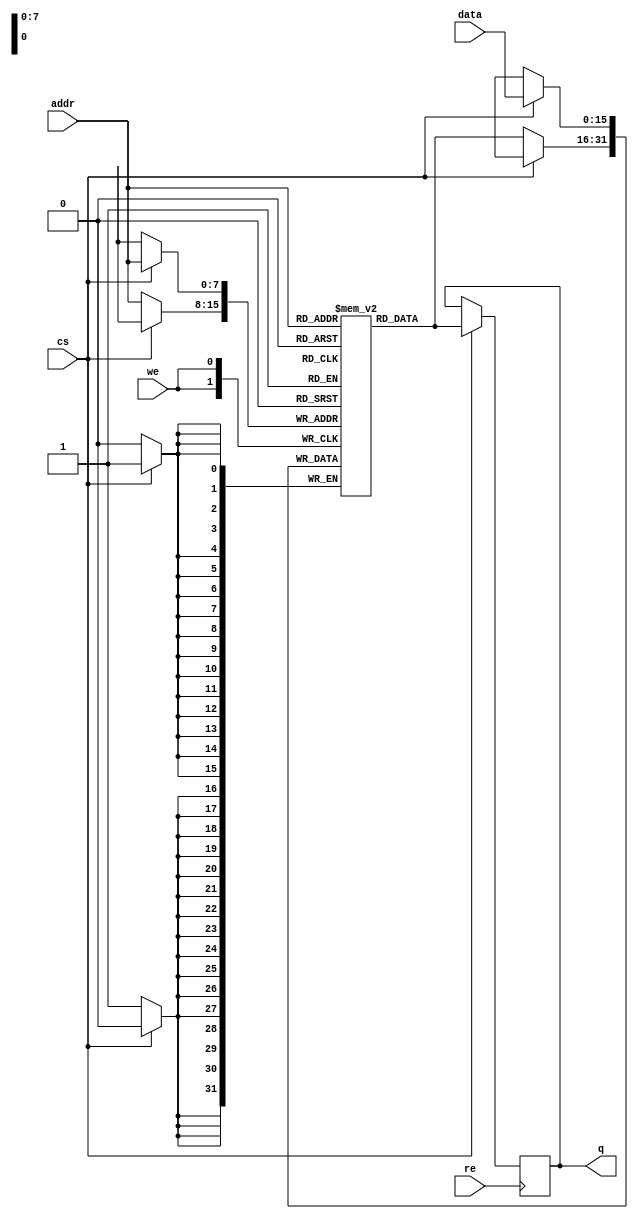
module Ram
(
	input [15:0] data,
    output reg [15:0] q,
	input [7:0] addr,
    input cs,
	input we, 
    input re
);

	// Declare the RAM variable
	reg [15:0] ram[0:255];


    always@(posedge we) 
        if(cs)
            ram[addr] <= data;
        else
            ram[addr] <= ram[addr];

    always@(posedge re)
        if(cs)
            q <= ram[addr];
        else
            q <= q;


endmodule